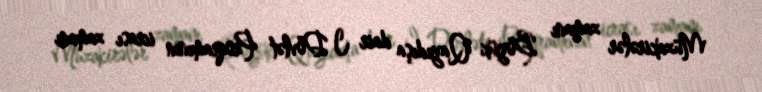
Müzakirələr zamanı Böyük Qayıdışa dair I Dövlət Proqramının icrası zamanı